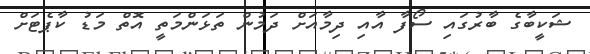
ޝަކީބާގެ ބާރުގައި ސޯފާ އާއި ދިމާއަށް ދަމުން ތަޅަންމަތީ އޮތް މަޑު ކާޕެޓަށް